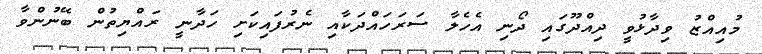
މުއިއްޒު ވިދާޅުވީ ދިއްދޫގައި ދޯނި އެހެލާ ސަރަހައްދަކާއި ނެރުފައިކަށި ހަދާނީ ރައްޔިތުން ބޭނުންވާ